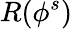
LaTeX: R(\phi^{s})